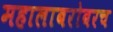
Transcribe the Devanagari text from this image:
महालाबरोबरच